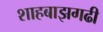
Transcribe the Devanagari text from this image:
शाहबाझगढी